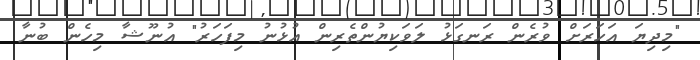
"މިދިޔަ އަހަރަށް ވުރެން ރަނގަޅު ލަވަކިޔުންތެރިން އުޅުނު މިފަހަރު" އުނޫޝާ މިހެން ބުނާ